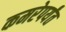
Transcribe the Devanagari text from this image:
कमरेपर्यंत